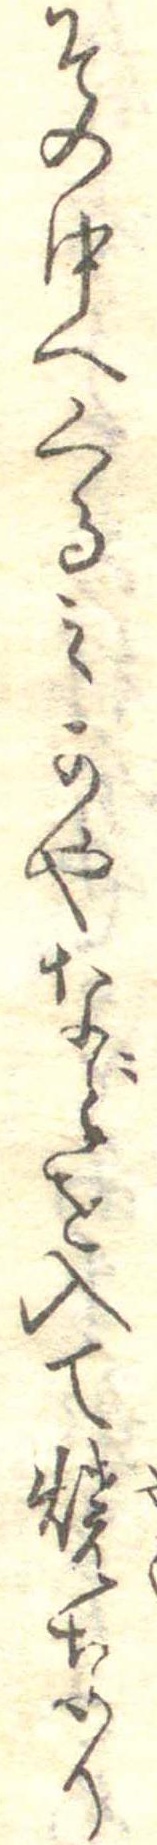
その中へくるみかやなどを入て焼なり